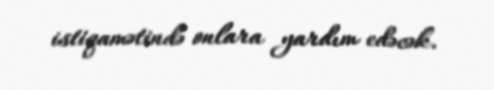
istiqamətində onlara yardım edəcək.